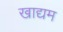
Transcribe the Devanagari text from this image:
खाद्यम